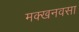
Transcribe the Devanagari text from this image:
मक्खनवसा